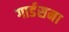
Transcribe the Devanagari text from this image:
गार्डसना